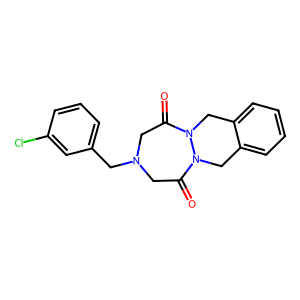
SMILES: O=C1CN(Cc2cccc(Cl)c2)CC(=O)N2Cc3ccccc3CN12
Inhibits HIV replication: No